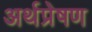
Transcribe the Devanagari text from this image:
अर्थप्रेषण